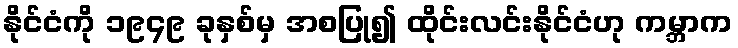
နိုင်ငံကို ၁၉၄၉ ခုနှစ်မှ အစပြု၍ ထိုင်းလင်းနိုင်ငံဟု ကမ္ဘာက